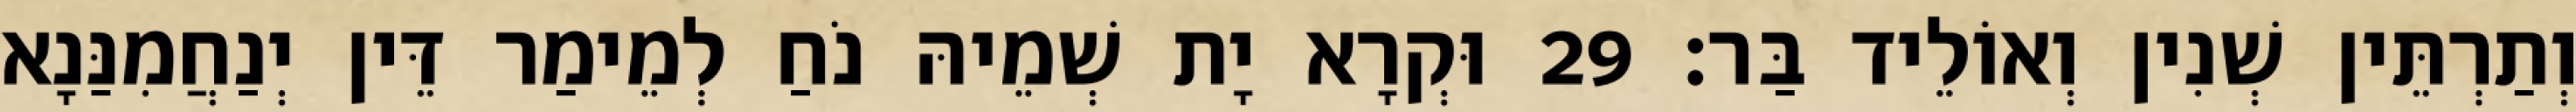
וְתַרְתֵּין שְׁנִין וְאוֹלֵיד בַּר׃ 29 וּקְרָא יָת שְׁמֵיהּ נֹחַ לְמֵימַר דֵּין יְנַחֲמִנַּנָא